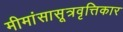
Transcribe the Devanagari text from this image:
मीमांसासूत्रवृत्तिकार